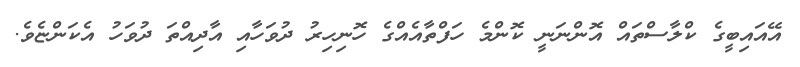
އޭއައިބީގެ ކްލާސްތައް އޮންނަނީ ކޮންމެ ހަފްތާއެއްގެ ހޮނިހިރު ދުވަހާއި އާދިއްތަ ދުވަހު އެކަންޏެވެ.